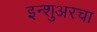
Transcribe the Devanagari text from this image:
इन्‍शुअरचा